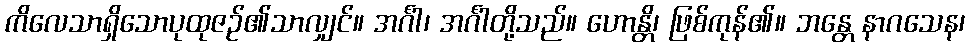
ကိလေသာရှိသောပုထုဇဉ်၏သာလျှင်။ အင်္ဂါ၊ အင်္ဂါတို့သည်။ ဟောန္တိ၊ ဖြစ်ကုန်၏။ ဘန္တေ နာဂသေန၊